DOW-UAP-D28, Mission Report, Iraq, September 2024
Agency: Department of War
Incident date: 9/20/24
Incident location: Iraq
Page 3
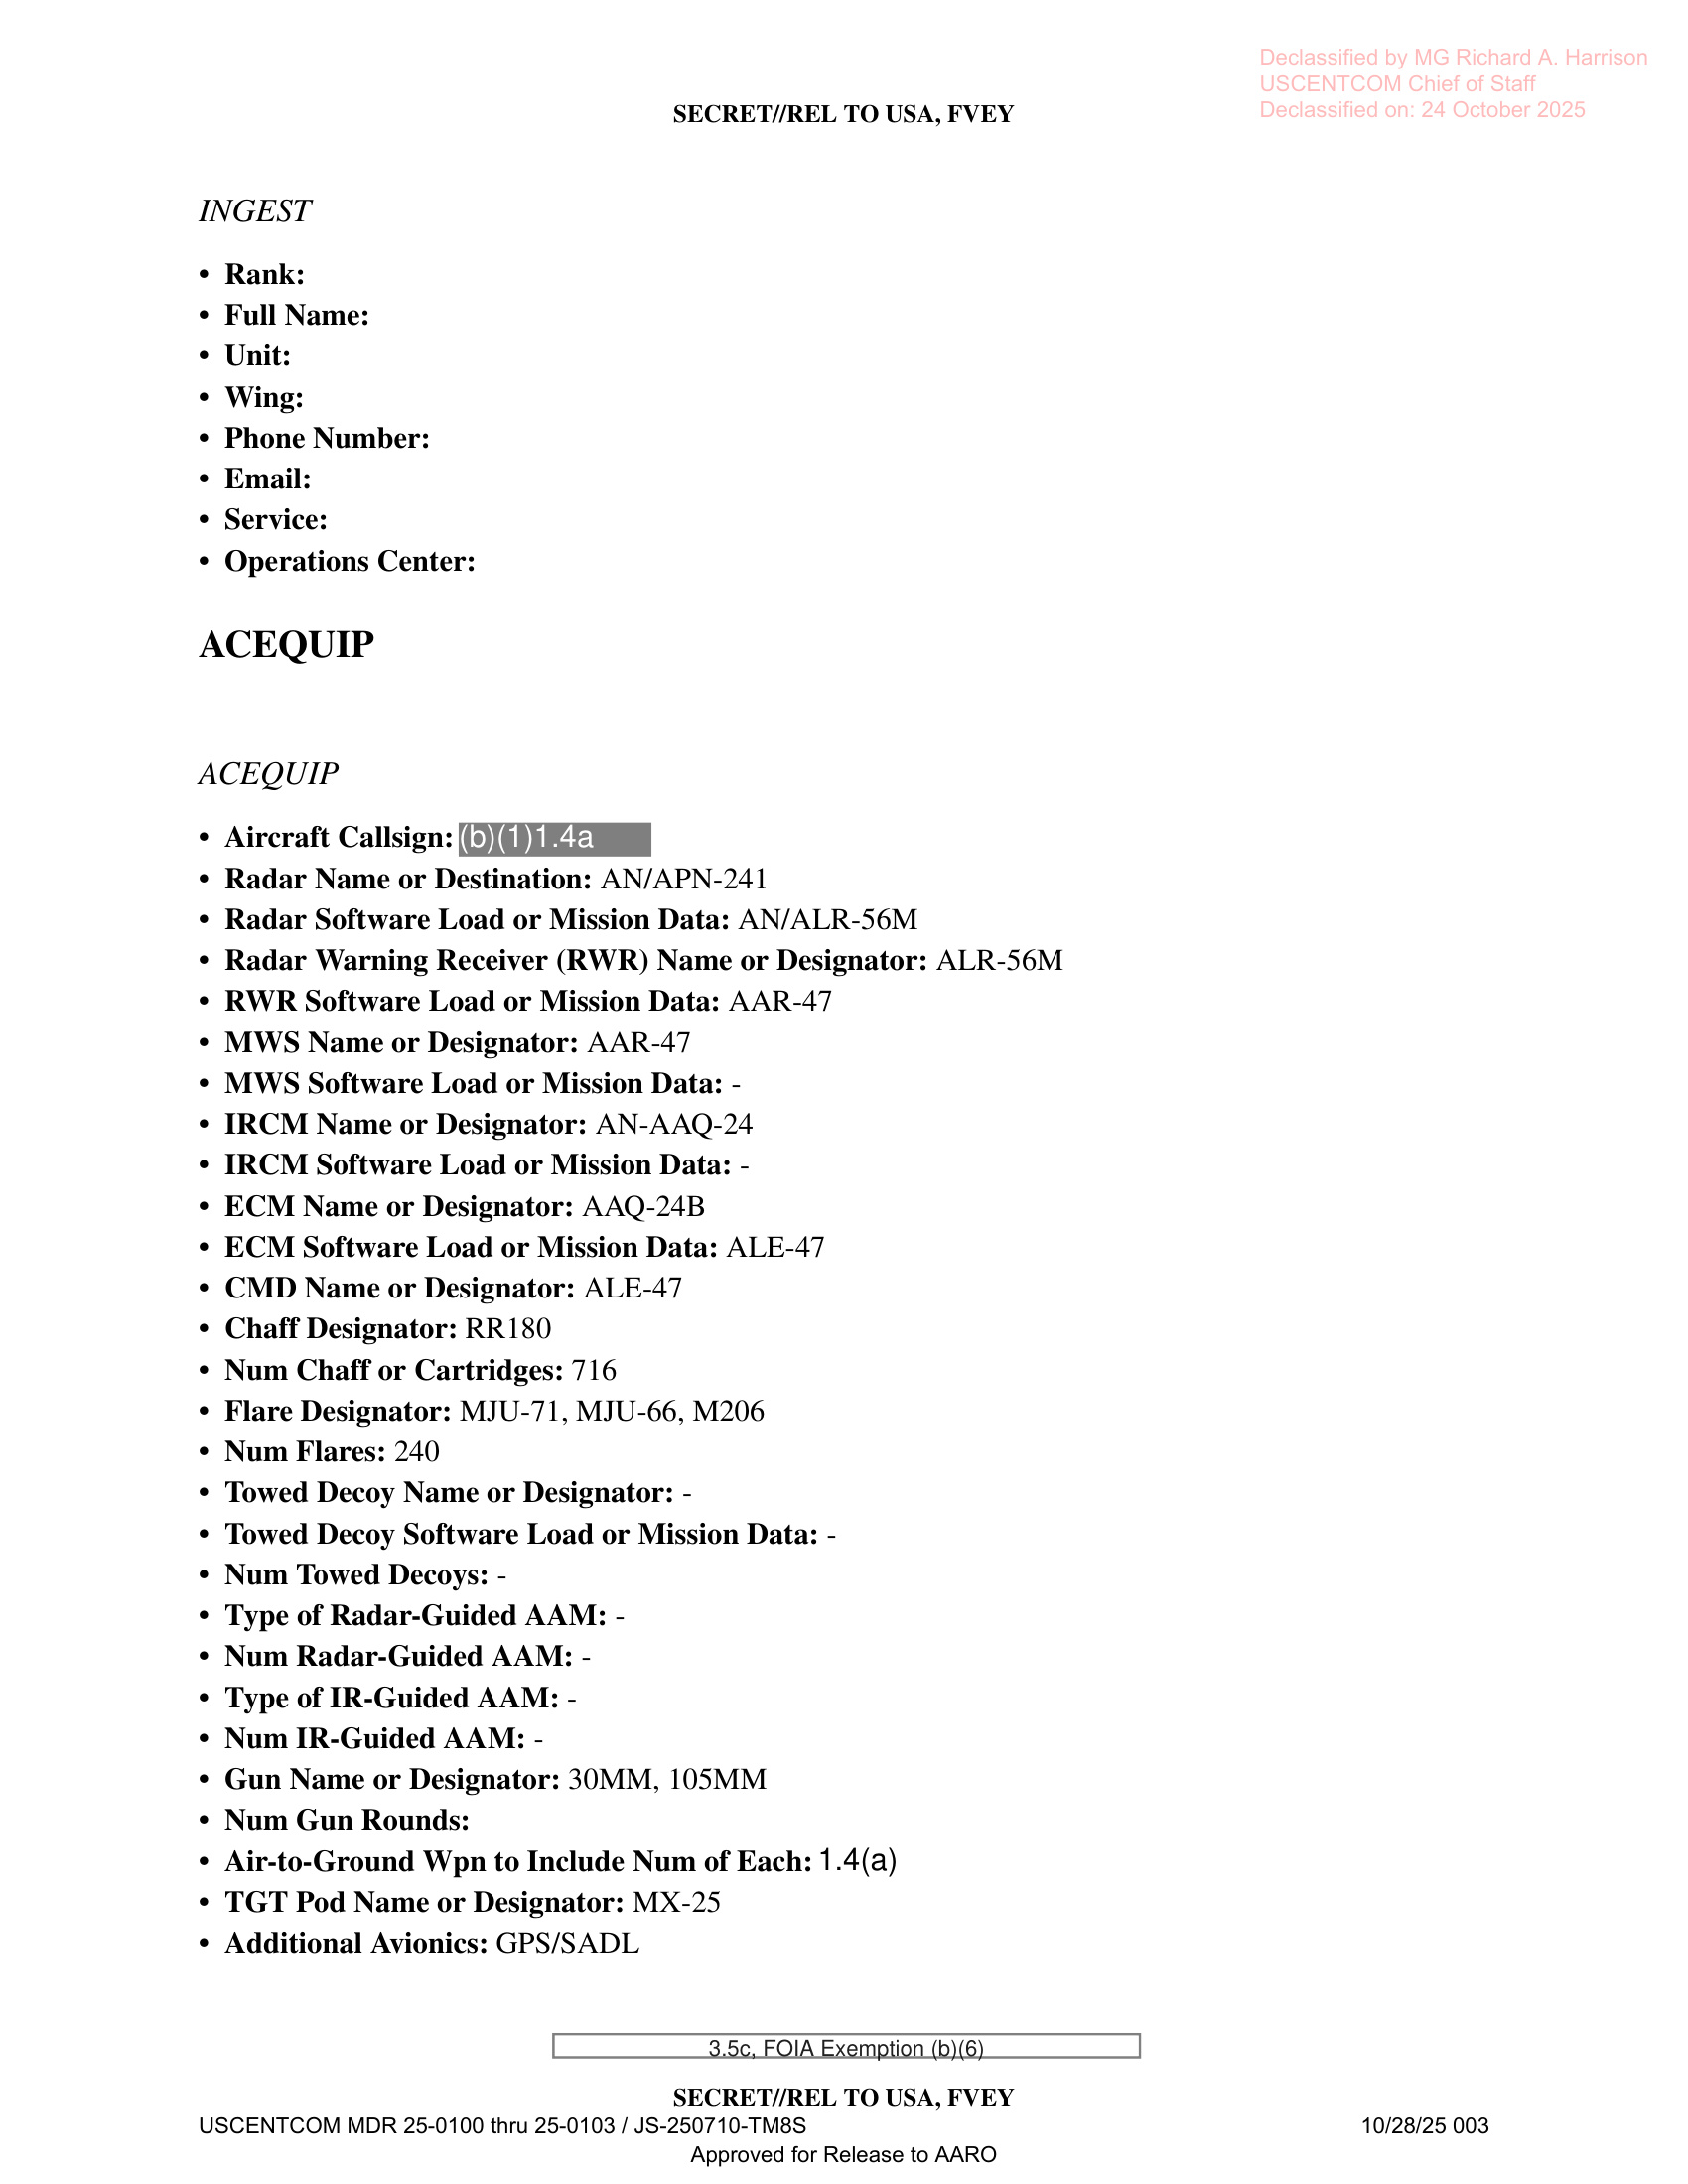